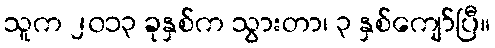
သူက ၂၀၁၃ ခုနှစ်က သွားတာ၊ ၃ နှစ်ကျော်ပြီ။